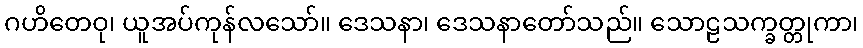
ဂဟိတေဝု၊ ယူအပ်ကုန်လသော်။ ဒေသနာ၊ ဒေသနာတော်သည်။ သောဠသက္ခတ္တုကာ၊